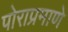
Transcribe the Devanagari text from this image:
पोराप्रमाणे